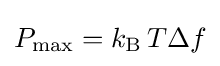
P_{\text{max}}=k_{\text{B}}\,T\Delta f